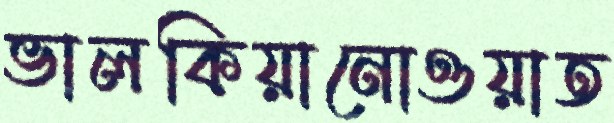
ভালকিয়ানোওয়াত